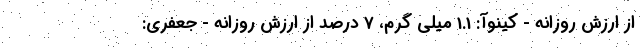
از ارزش روزانه - کینوآ: 1.1 میلی گرم، 7 درصد از ارزش روزانه - جعفری: